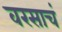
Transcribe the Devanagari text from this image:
वरसाचं